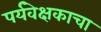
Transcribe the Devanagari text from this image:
पर्यवेक्षकाचा